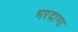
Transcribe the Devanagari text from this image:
भरदाणा